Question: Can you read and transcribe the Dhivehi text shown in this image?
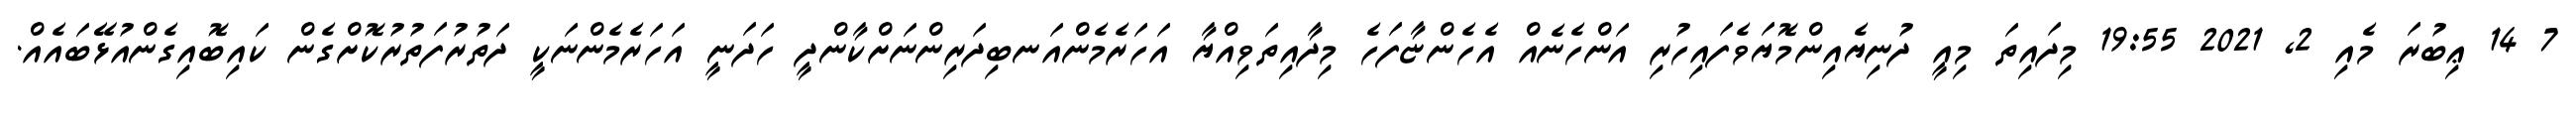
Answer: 7 14 ޢިބުރަ މެއި 2, 2021 19:55 މިދައިތަ މިއީ ދުނިޔެއިންމޮޔަވެފައިހުރި އަންހެނެއް އެހެންޏާފަހެ މިދާއިތަވިއްޔާ އަހަރެމެންއަނބިދަރިންނަށްކާންދީ ހަދަނީ އަހަރެމެންނަކީ ދަތުރުފަތުރުކޮށްގެން ކައިބޮއިގެންއުޅޭބައެއް.